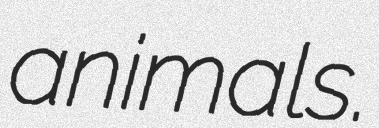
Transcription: animals.